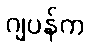
ဂျပန်က